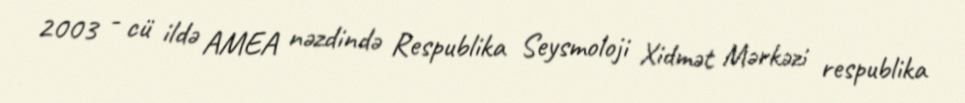
2003 - cü ildə AMEA nəzdində Respublika Seysmoloji Xidmət Mərkəzi respublika